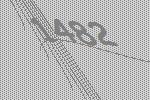
1482